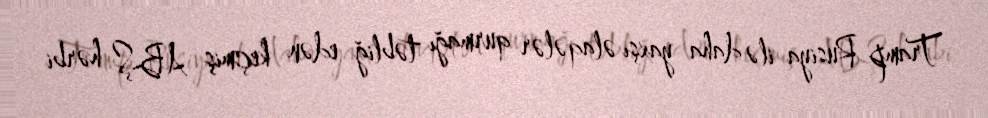
Tramp Rusiya ilə daha yaxşı əlaqələr qurmağı təbliğ edən keçmiş ABŞ hərbi